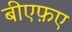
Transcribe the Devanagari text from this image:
बीएफ़ए